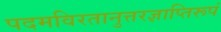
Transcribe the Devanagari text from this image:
पदमविरतानुत्तरज्ञाप्तिरूपं